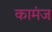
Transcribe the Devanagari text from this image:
कामंज